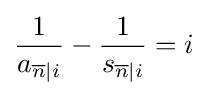
{\frac {1}{a_{{\overline {n}}|i}}}-{\frac {1}{s_{{\overline {n}}|i}}}=i